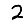
Digit: 2